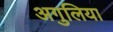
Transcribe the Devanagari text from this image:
अगुलिया